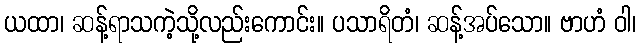
ယထာ၊ ဆန့်ရာသကဲ့သို့လည်းကောင်း။ ပသာရိတံ၊ ဆန့်အပ်သော။ ဗာဟံ ဝါ၊